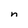
Character: n